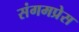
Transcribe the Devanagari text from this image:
संगमप्रेस